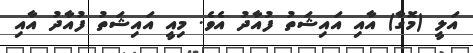
އަލީ (މޮގާ) އާއި އައިޝަތު ފުއާދު އެވެ. މިއީ އައިޝަތު ފުއާދު އާއި